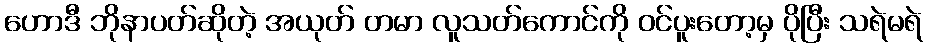
ဟောဒီ ဘိုနာပတ်ဆိုတဲ့ အယုတ် တမာ လူသတ်ကောင်ကို ဝင်ပူးတော့မှ ပိုပြီး သရဲမရဲ